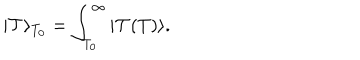
| \mathcal { T } \rangle _ { T _ { 0 } } = \int _ { T _ { 0 } } ^ { \infty } | \mathcal { T } ( T ) \rangle .